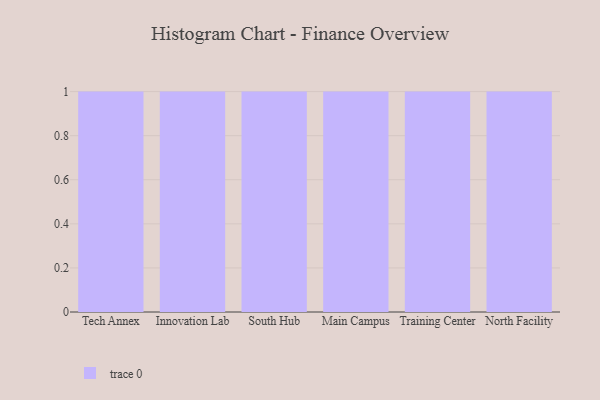
{"axis": {"x": "Campus", "y": "Production Output"}, "legend": [""], "data": [{"x": "Tech Annex", "y": 58, "type": ""}, {"x": "Innovation Lab", "y": 57, "type": ""}, {"x": "South Hub", "y": 52, "type": ""}, {"x": "Main Campus", "y": 67, "type": ""}, {"x": "Training Center", "y": 74, "type": ""}, {"x": "North Facility", "y": 44, "type": ""}]}